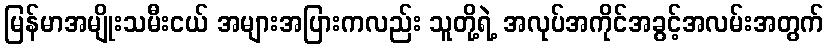
မြန်မာအမျိုးသမီးငယ် အများအပြားကလည်း သူတို့ရဲ့ အလုပ်အကိုင်အခွင့်အလမ်းအတွက်